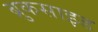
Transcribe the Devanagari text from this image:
ब्रुकसाइड